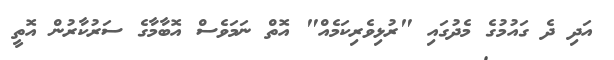
އަދި ދެ ގައުމުގެ މެދުގައި "ރުޅިވެރިކަމެއް" އޮތް ނަމަވެސް އޮބާމާގެ ސަރުކާރުން އޮތީ